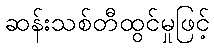
ဆန်းသစ်တီထွင်မှုဖြင့်